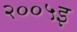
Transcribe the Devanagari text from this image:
२००५इ